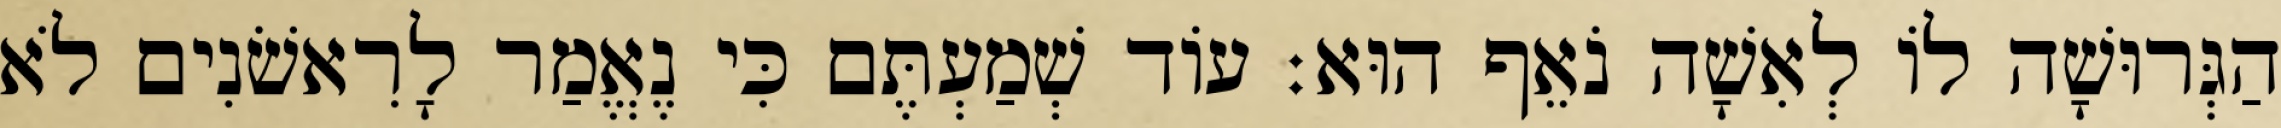
הַגְּרוּשָׁה לוֹ לְאִשָׁה נֹאֵף הוּא׃ עוֹד שְׁמַעְתֶּם כִּי נֶאֱמַר לָרִאשֹׁנִים לֹא